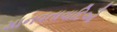
માનવતાવાદિઓ